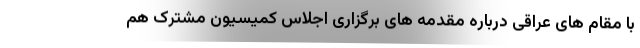
با مقام های عراقی درباره مقدمه های برگزاری اجلاس کمیسیون مشترک هم